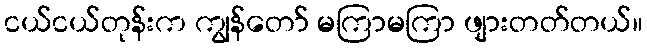
ငယ်ငယ်တုန်းက ကျွန်တော် မကြာမကြာ ဖျားတတ်တယ်။